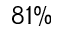
8 1 \%